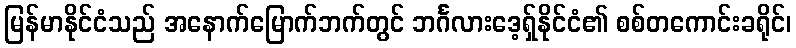
မြန်မာနိုင်ငံသည် အနောက်မြောက်ဘက်တွင် ဘင်္ဂလားဒေ့ရှ်နိုင်ငံ၏ စစ်တကောင်းခရိုင်၊